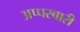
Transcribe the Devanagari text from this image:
अप्परबारी